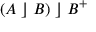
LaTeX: ( A \; \rfloor \; B ) \; \rfloor \; B ^ { + }